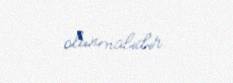
olunmalıdır.